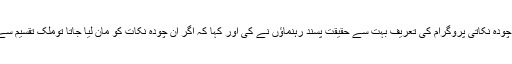
قائداعظم کے چودہ نکاتی پروگرام کی تعریف بہت سے حقیقت پسند رہنماؤں نے کی اور کہا کہ اگر ان چودہ نکات کو مان لیا جاتا توملک تقسیم سے بچ سکتا تھا۔